Manual of the Civil Veterinary Department, Central Provinces and Berar
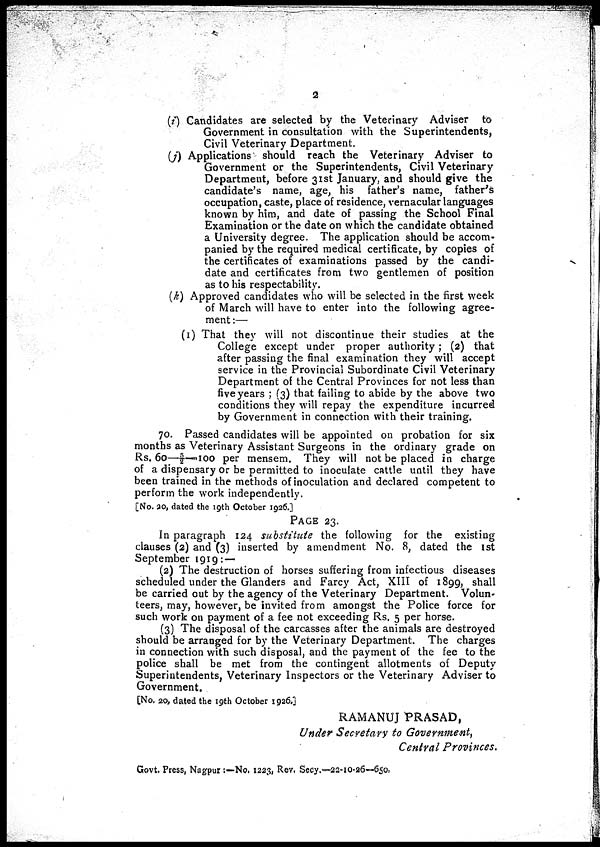
2
(i) Candidates are selected by the Veterinary Adviser to
Government in consultation with the Superintendents,
Civil Veterinary Department.
(j) Applications should reach the Veterinary Adviser to
Government or the Superintendents, Civil Veterinary
Department, before 31st January, and should give the
candidate's name, age, his father's name, father's
occupation, caste, place of residence, vernacular languages
known by him, and date of passing the School Final
Examination or the date on which the candidate obtained
a University degree. The application should be accom-
panied by the required medical certificate, by copies of
the certificates of examinations passed by the candi-
date and certificates from two gentlemen of position
as to his respectability.
(k) Approved candidates who will be selected in the first week
of March will have to enter into the following agree-
ment:—
(1) That they will not discontinue their studies at the
College except under proper authority ; (2) that
after passing the final examination they will accept
service in the Provincial Subordinate Civil Veterinary
Department of the Central Provinces for not less than
five years ; (3) that failing to abide by the above two
conditions they will repay the expenditure incurred
by Government in connection with their training.
70. Passed candidates will be appointed on probation for six
months as Veterinary Assistant Surgeons in the ordinary grade on
Rs. 60—5/2—100 per mensem. They will not be placed in charge
of a dispensary or be permitted to inoculate cattle until they have
been trained in the methods of inoculation and declared competent to
perform the work independently.
[No. 20, dated the 19th October 1926.]
PAGE 23.
In paragraph 124 substitute the following for the existing
clauses (2) and (3) inserted by amendment No. 8, dated the 1st
September 1919: —
(2) The destruction of horses suffering from infectious diseases
scheduled under the Glanders and Farcy Act, XIII of 1899, shall
be carried out by the agency of the Veterinary Department. Volun-
teers, may, however, be invited from amongst the Police force for
such work on payment of a fee not exceeding Rs. 5 per horse.
(3) The disposal of the carcasses after the animals are destroyed
should be arranged for by the Veterinary Department. The charges
in connection with such disposal, and the payment of the fee to the
police shall be met from the contingent allotments of Deputy
Superintendents, Veterinary Inspectors or the Veterinary Adviser to
Government.
[No. 20, dated the 19th October 1926.]
RAMANUJ PRASAD,
Under Secretary to Government,
Central Provinces.
Govt. Press, Nagpur :—No. 1223, Rev. Secy.—22-10-26—650.